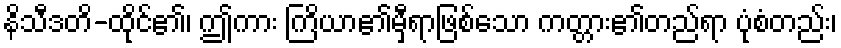
နိသီဒတိ-ထိုင်၏၊ ဤကား ကြိယာ၏မှီရာဖြစ်သော ကတ္တား၏တည်ရာ ပုံစံတည်း၊